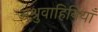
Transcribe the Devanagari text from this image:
अश्रुवाहिनियाँ